Vaccination United Provinces of Agra and Oudh 1902-1913 - 1902-1913
Year: 1902
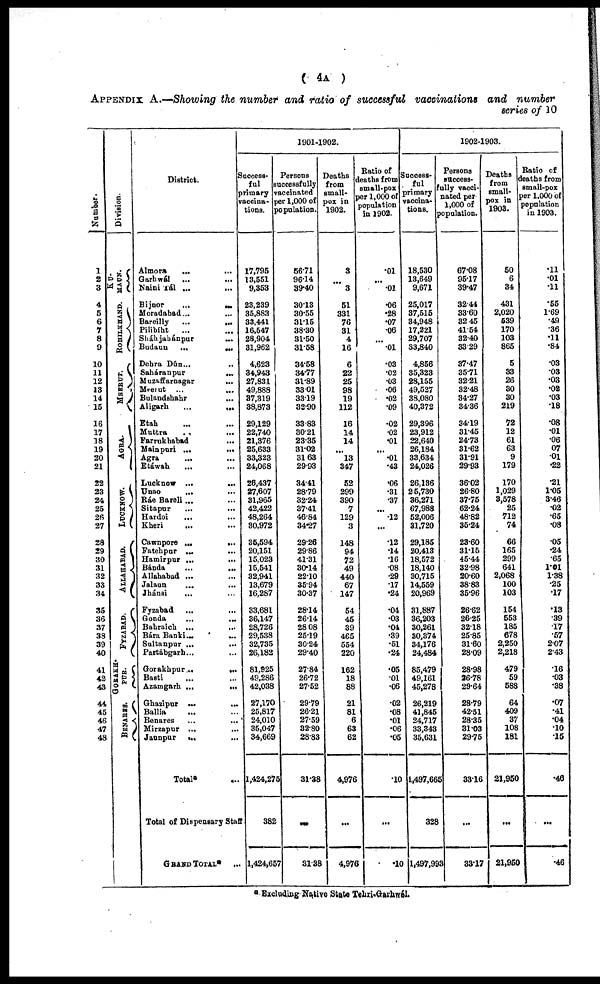
( 4A )
APPENDIX A.—Showing the number and ratio of successful vaccinations and number
series of 10
Number.
1
2
3
4
5
6
7
8
9
10
11
12
13
14
15
16
17
18
19
20
21
22
23
24
25
26
27
28
29
30
31
32
33
34
35
36
37
38
39
40
41
42
43
44
45
46
47
48
Division.
KU¬
MAUN.
ROHILKHAND.
MEERUT.
AGRA.
LUCKNOW.
ALLAHABAD.
FYZABAD.
GORAKH¬
PUR.
BENARES.
District.
Almora
... ...
Garhwál ... ...
Naini Tál ... ...
Bijnor
...
...
Moradabad...
Bareilly
...
...
Pilibíht
... ...
Sháhjahánpur
...
Budaun
...
...
Dehra Dún... ...
Saháranpur
...
Muzaffarnagar
...
Meerut ...
...
Bulandshahr ...
Aligarh
...
...
Etah ... ...
Muttra ... ...
Farrukhabad
...
Mainpuri ...
...
Agra ... ...
Etáwah ... ...
Lucknow ...
...
Unao
... ...
Ráe Bareli... ...
Sitapur
...
...
Hardoi
... ...
Kheri
... ...
Cawnpore ...
...
Fatehpur ... ...
Hamirpur ...
...
Bánda
...
...
Allahabad ... ...
Jalaun ... ...
Jhánsi
... ...
Fyzabad ... ...
Gonda ... ...
Bahraich ... ...
Bára Banki...
...
Sultanpur ... ...
Partábgarh... ...
Gorakhpur...
...
Basti
... ...
Azamgarh ...
...
Ghazipur ...
...
Ballia ... ...
Benares ... ...
Mirzapur ... ...
Jaunpur
... ...
Total* ...
Total of Dispensary Staff ...
GRAND TOTAL* ...
1901-1902.
Success¬
ful
Primary
vaccina¬
tions.
17,795
13,551
9,353
23,239
35,883
33,441
16,547
28,904
31,962
4,623
34,943
27,831
49,888
37,319
38,873
29,129
22,740
21,376
25,633
33,323
24,068
26,437
27,607
31,965
42,422
48,264
30,972
35,594
20,151
15,023
15,541
32,941
13,679
16,287
33,681
36,147
28,726
29,538
32,735
26,182
81,925
49,286
42,038
27,170
25,817
24,010
35,047
34,669
1,424,275
382
1,424,657
Persons
successfully
vaccinated
per 1,000 of
population.
56.71
96.14
39.40
30.13
30.55
31.15
38.30
31.50
31.58
34.58
34.77
31.89
33.01
33.19
32.90
33.83
30.21
23.35
31.02
31.63
29.93
34.41
28.79
32.24
37.41
46.84
34.27
29.26
29.86
41.31
30.14
22.10
35.94
30.37
28.14
26.14
28.08
25.19
30.24
29.40
27.84
26.72
27.52
29.79
26.21
27.59
32.80
28.83
31.38
...
31.38
Deaths
from
small-
pox in
1902.
3
...
3
51
331
76
31
4
16
6
22
25
98
19
112
16
14
14
...
13
347
52
299
390
7
129
3
148
94
72
49
440
67
147
54
45
39
465
554
220
162
18
88
21
81
6
63
62
4,976
...
4,976
Ratio of
deaths from
small-pox
per 1,000 of
population
in 1902.
.01
...
.01
.06
.28
.07
.06
...
.01
.03
.02
.03
.06
.02
.09
.02
.02
.01
...
.01
.43
.06
.31
.37
...
.12
...
.12
.14
.16
.08
.29
.17
.24
.04
.03
.04
.39
.51
.24
.05
.01
.06
.02
.08
.01
.06
.05
.10
...
.10
1902-1903.
Success¬
ful
primary
vaccina-
tions.
18,530
13,649
9,671
25,017
37,515
34,948
17,221
29,707
33,840
4,856
35,323
28,155
49,527
38,080
40,372
29,396
23,912
22,640
26,184
33,634
24,026
26,136
25,730
36,271
67,988
52,006
31,720
29,185
20,413
18,572
18,140
30,715
14,559
20,969
31,887
36,203
30,261
30,374
34,176
24,484
85,479
49,161
45,278
26,219
41,845
24,717
33,343
35,631
1,497,665
328
1,497,993
Persons
success¬
fully vacci-
nated per
1,000 of
population.
67.08
95.17
39.47
32.44
33.60
32.45
41.54
32.40
33.29
37.47
35.71
32.21
32.48
34.27
34.36
34.19
31.45
24.73
31.62
31.91
29.93
36.02
26.80
37.75
62.24
48.82
35.24
23.60
31.15
45.44
32.98
20.60
38.83
35.96
26.62
26.25
32.18
25.85
31.60
28.09
28.98
26.78
29.64
28.79
42.51
28.35
31.03
29.75
33.16
...
33.17
Deaths
from
small-
pox in
1903.
50
6
34
431
2,020
539
170
103
865
5
33
26
30
30
219
72
12
61
63
9
179
170
1,029
3,578
25
712
74
66
165
299
641
2,068
100
103
154
553
185
678
2,250
2,218
479
59
588
64
409
37
108
181
21,950
...
21,950
Ratio of
deaths from
small-pox
per 1,000 of
population
in 1903.
.11
.01
.11
.55
1.69
.49
.36
.11
.84
.03
.03
.03
.02
.03
.18
.08
.01
.06
.07
.01
.22
.21
1.05
3.46
.02
.65
.08
.05
.24
.65
1.01
1.38
.25
.17
.13
.39
.17
.57
2.07
2.43
.16
.03
.38
.07
.41
.04
.10
.15
.46
...
.46
* Excluding Native State Tehri-Garhwál.